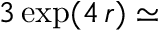
3 \exp ( 4 \, r ) \simeq